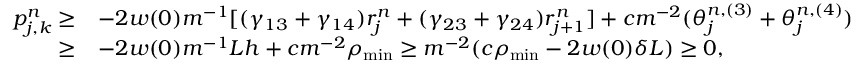
\begin{array} { r l } { p _ { j , k } ^ { n } \geq } & { - 2 w ( 0 ) m ^ { - 1 } [ ( \gamma _ { 1 3 } + \gamma _ { 1 4 } ) r _ { j } ^ { n } + ( \gamma _ { 2 3 } + \gamma _ { 2 4 } ) r _ { j + 1 } ^ { n } ] + c m ^ { - 2 } ( \theta _ { j } ^ { n , ( 3 ) } + \theta _ { j } ^ { n , ( 4 ) } ) } \\ { \geq } & { - 2 w ( 0 ) m ^ { - 1 } L h + c m ^ { - 2 } \rho _ { \mathrm { m i n } } \geq m ^ { - 2 } ( c \rho _ { \mathrm { m i n } } - 2 w ( 0 ) \delta L ) \geq 0 , } \end{array}